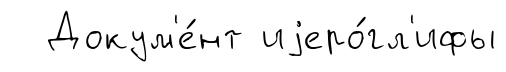
Докум'е́нт иjеро́гл'ифы